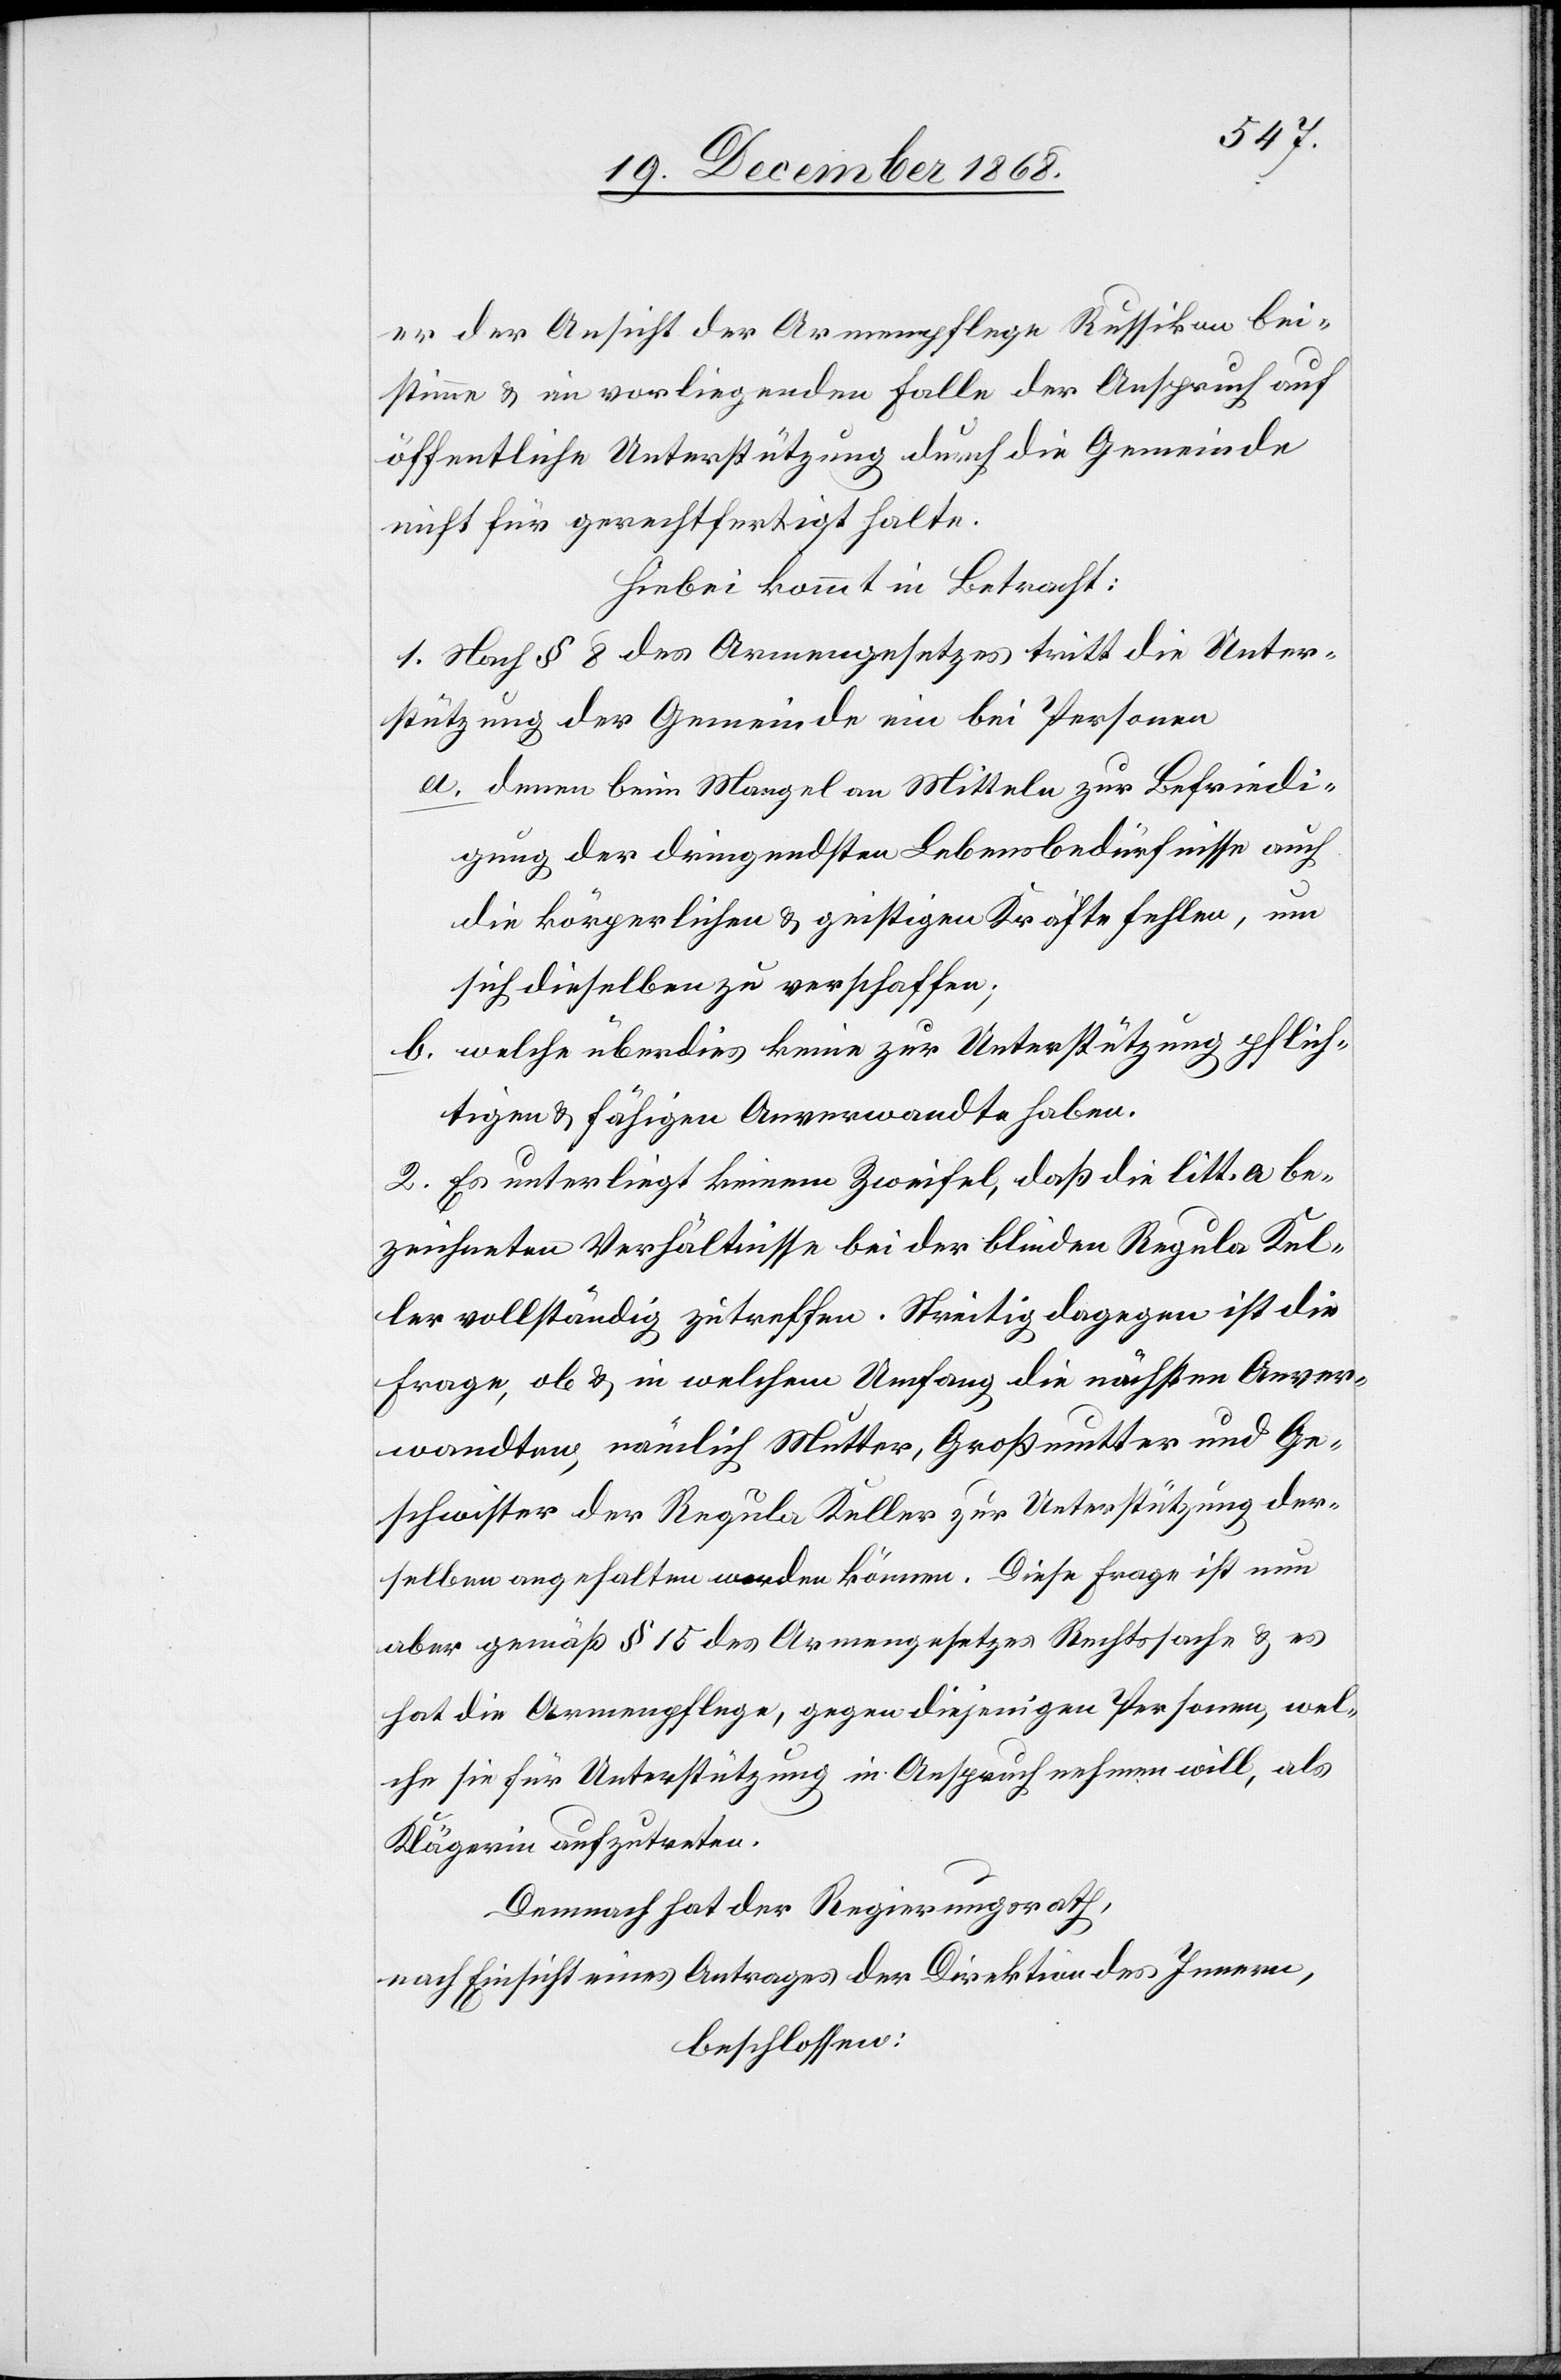
er der Ansicht der Armenpflege Russikon bei¬
stimme & im vorliegenden Falle der Anspruch auf
öffentliche Unterstützung durch die Gemeinde
nicht für gerechtfertigt halte.
Hiebei kommt in Betracht:
1. Nach § 8 des Armengesetzes tritt die Unter¬
stützung der Gemeinde ein bei Personen
denen beim Mangel an Mitteln zur Befriedi¬
gung der dringendsten Lebensbedürfnisse auch
die körperlichen & geistigen Kräfte fehlen, um
sich dieselben zu verschaffen;
welche überdies keine zur Unterstützung pflich¬
tigen & fähigen Anverwandte[n] haben.
2. Es unterliegt keinem Zweifel, daß die litt. a be¬
zeichneten Verhältnisse bei der blinden Regula Kel¬
ler vollständig zutreffen. Streitig dagegen ist die
Frage, ob & in welchem Umfang die nächsten Anver¬
wandten, nämlich Mutter, Großmutter und Ge¬
schwister der Regula Keller zur Unterstützung der¬
selben angehalten werden können. Diese Frage ist nun
aber gemäß § 15 des Armengesetzes Rechtssache & es
hat die Armenpflege, gegen diejenigen Personen, wel¬
che sie für Unterstützung in Anspruch nehmen will, als
Klägerin aufzutreten.
Demnach hat der Regierungsrath,
nach Einsicht eines Antrages der Direktion des Innern,
beschlossen: